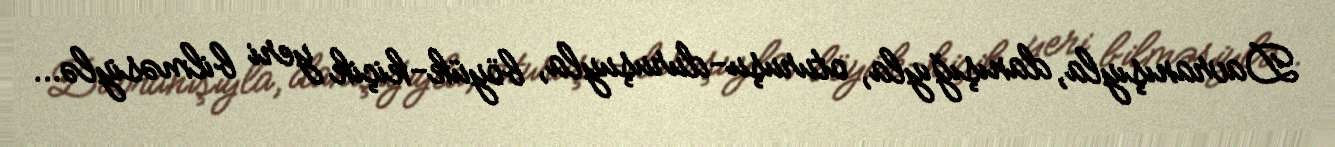
Davranışıyla, danışığıyla, oturuşu-duruşuyla, böyük-kiçik yeri bilməsiylə…